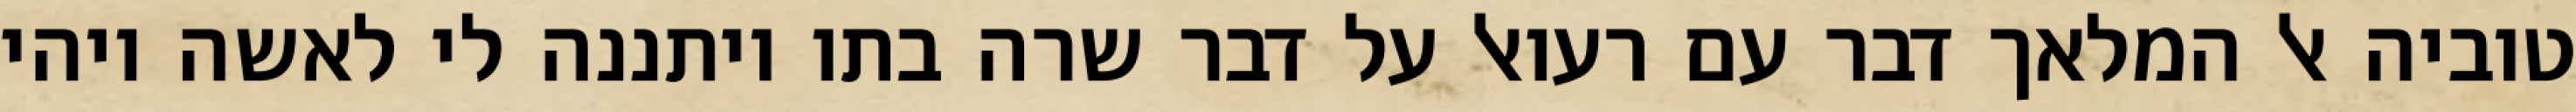
טוביה אל המלאך דבר עם רעואל על דבר שרה בתו ויתננה לי לאשה ויהי